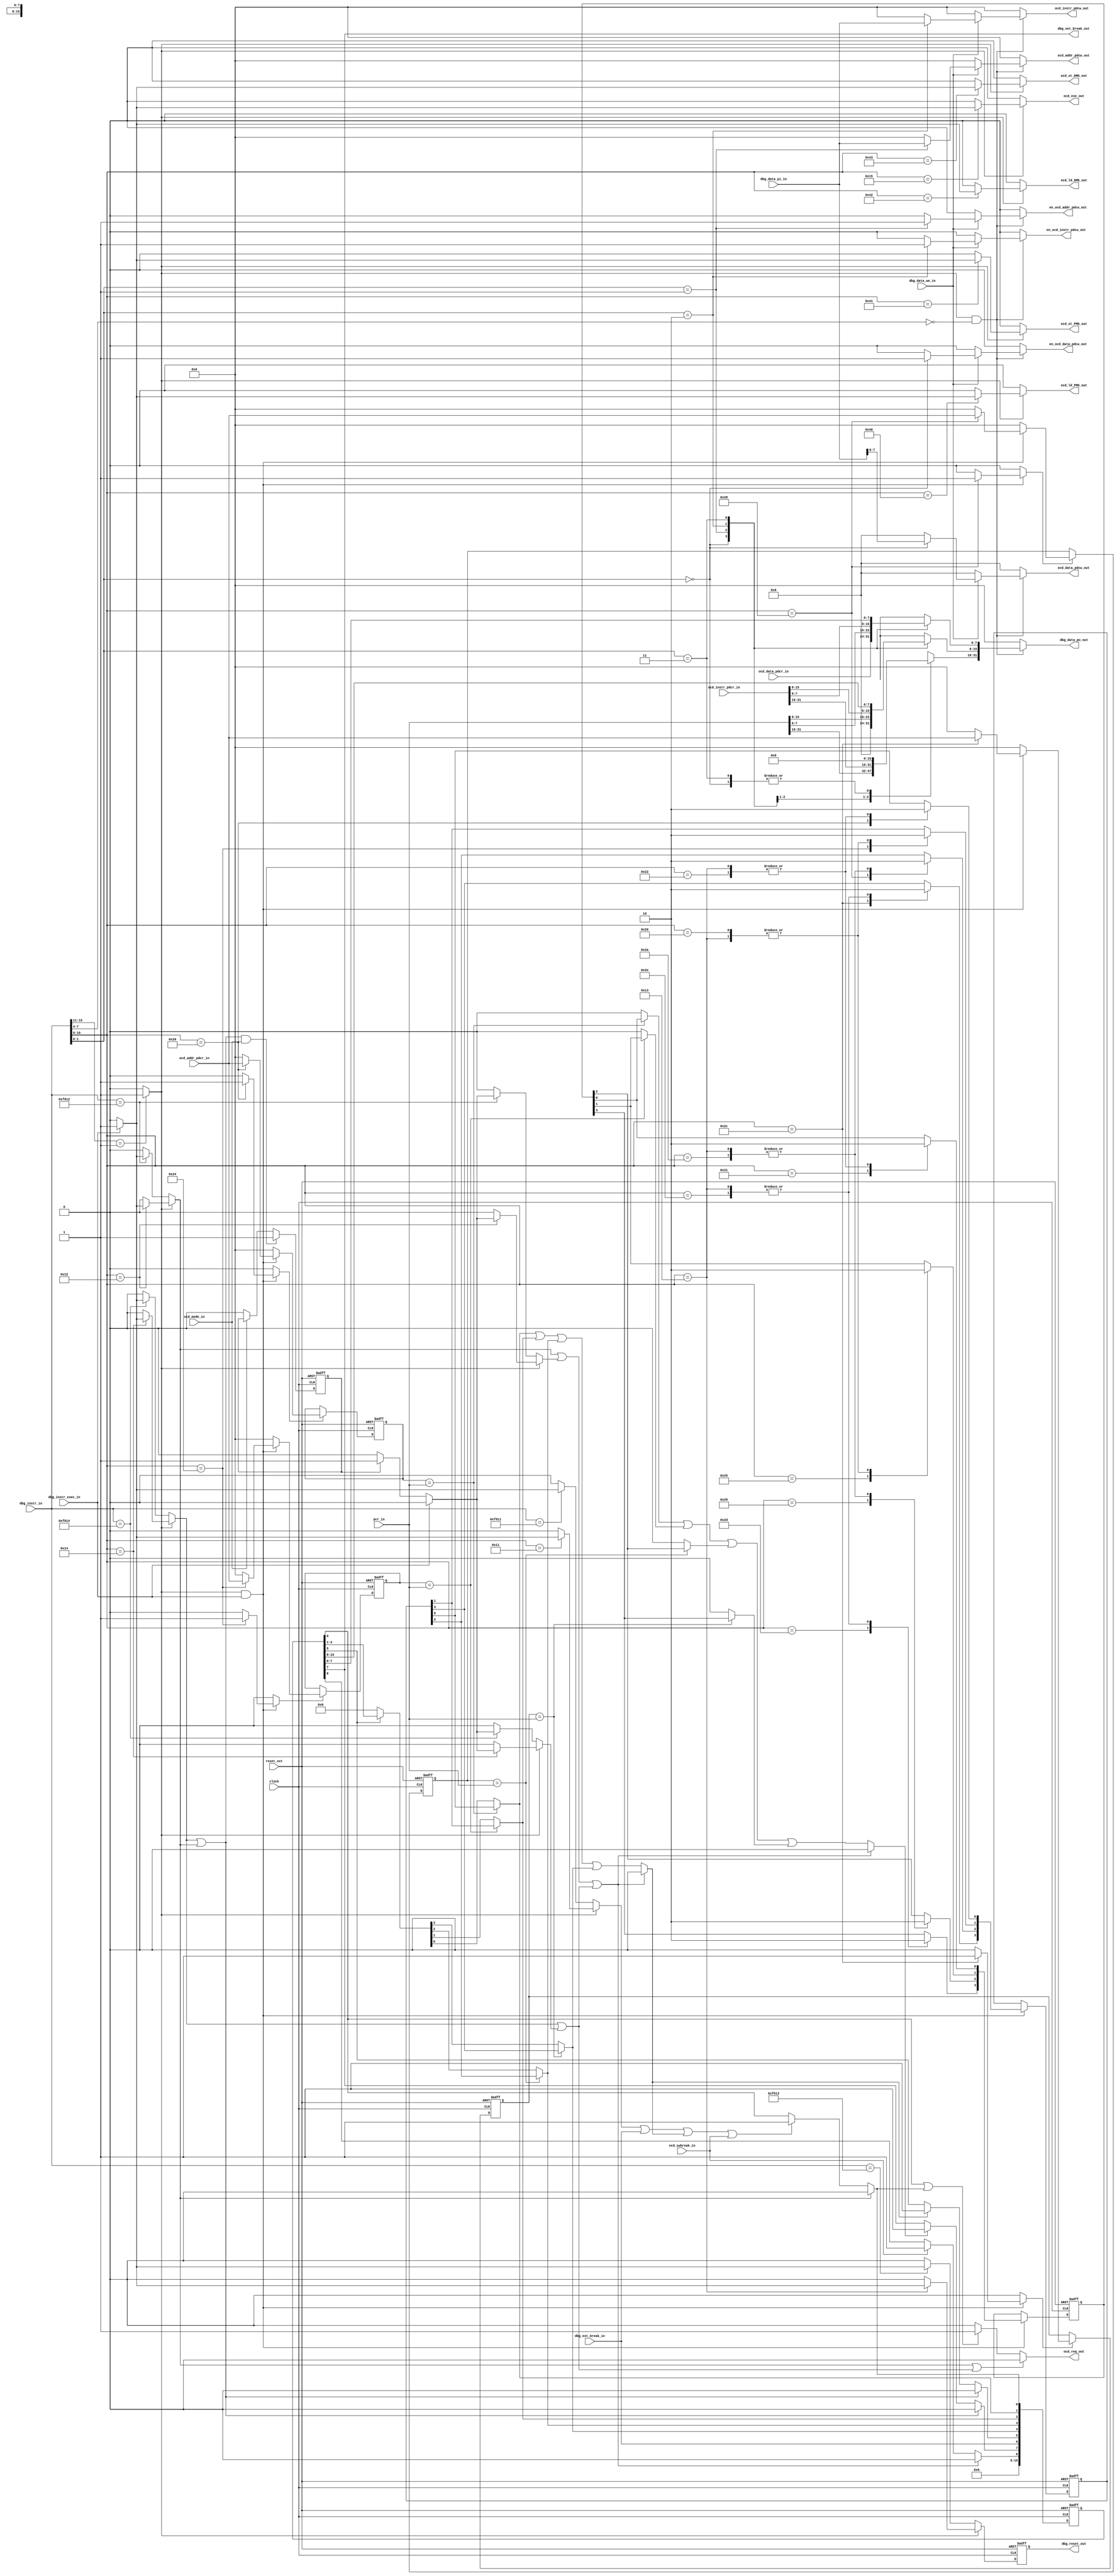

// File generated by Go version U-2022.12#33f3808fcb#221128, Thu Jan 25 16:08:15 2024
// Copyright 2014-2022 Synopsys, Inc. All rights reserved.
// go -I../lib -F -DSYNTHESIS_NO_UNGROUP -D__tct_patch__=0 -Verilog -otrv32p3_cnn_vlog -cgo_options.cfg -Itrv32p3_cnn_vlog/tmp_pdg -updg -updg_controller trv32p3_cnn



`timescale 1ns/1ps

// module debug_controller : debug_controller
module debug_controller
  #(parameter nid = 1)
  ( input                   reset_ext,
    input                   clock,
    input            [31:0] dbg_data_pi_in,
    input                   dbg_data_we_in,
    input                   dbg_ext_break_in,
    input                   dbg_instr_exec_in,
    input            [15:0] dbg_instr_in,
    input            [31:0] ocd_addr_pdcr_in, // addr
    input      signed [7:0] ocd_data_pdcr_in, // w08
    input            [31:0] ocd_instr_pdcr_in, // iword
    input                   ocd_mode_in, // t1u
    input                   ocd_swbreak_in, // t1u
    input            [31:0] pcr_in, // addr
    output reg       [31:0] dbg_data_po_out,
    output                  dbg_reset_out,
    output                  dbg_set_break_out,
    output reg              en_ocd_addr_pdcw_out, // std_logic
    output reg              en_ocd_data_pdcw_out, // std_logic
    output reg              en_ocd_instr_pdcw_out, // std_logic
    output reg       [31:0] ocd_addr_pdcw_out, // addr
    output reg signed [7:0] ocd_data_pdcw_out, // w08
    output                  ocd_exe_out, // t1u
    output reg       [31:0] ocd_instr_pdcw_out, // iword
    output reg              ocd_ld_DMb_out, // bool
    output reg              ocd_ld_PMb_out, // bool
    output                  ocd_req_out, // t1u
    output reg              ocd_st_DMb_out, // bool
    output reg              ocd_st_PMb_out // bool
  );



  // configuration parameters:
  localparam DBG_LDST_WATCHPOINTS             = 0;
  localparam DBG_RANGE_WATCHPOINTS            = 0;
  localparam DBG_MERGE_WATCHPOINTS_PER_MEMORY = 0;
  localparam DBG_REMEMBER_MEMORY_ACCESS       = 0;

  // register widths
  localparam DBG_DATA_REG_WIDTH               = 8;
  localparam DBG_ADDR_REG_WIDTH               = 32;
  localparam DBG_INSTR_REG_WIDTH              = 32;
  localparam DBG_STATUS_REG_WIDTH             = 16;
  localparam DBG_CONTEXT_REG_WIDTH            = 0;

  // status register bit indices
  localparam DBG_MODE_INDX                    = 0;
  localparam DBG_BP_HIT_INDX                  = 5;
  localparam DBG_BREAKIN_INDX                 = 6;
  localparam DBG_BREAKOUT_INDX                = 7;
  localparam DBG_SWBREAK_INDX                 = 8;

  // register indices
  localparam DBG_DATA_REG_INDX                = 2'b00;
  localparam DBG_ADDR_REG_INDX                = 2'b01;
  localparam DBG_INSTR_REG_INDX               = 2'b10;
  localparam DBG_STATUS_REG_INDX              = 2'b11;

  // register opcodes                         : 11'b0000000rrrr
  localparam DBG_DATA_REG_INSTR               = 11'b00000000000;
  localparam DBG_ADDR_REG_INSTR               = 11'b00000000001;
  localparam DBG_INSTR_REG_INSTR              = 11'b00000000010;
  localparam DBG_STATUS_REG_INSTR             = 11'b00000000011;
  localparam DBG_CONTEXT_REG_INSTR            = 11'b00000000100;

  // instruction opcodes                      : 11'b0000001iiii
  localparam DBG_REQUEST_INSTR                = 11'b00000010001;
  localparam DBG_RESUME_INSTR                 = 11'b00000010010;
  localparam DBG_RESET_INSTR                  = 11'b00000010011;
  localparam DBG_STEP_INSTR                   = 11'b00000010100;
  localparam DBG_EXECUTE_INSTR                = 11'b00000010101;
  localparam DBG_STEPDI_INSTR                 = 11'b00000010100;

  // breakpoint instruction opcodes           : 11'b000001bbbii
  localparam DBG_BP0_ENABLE_INSTR             = 11'b00000100000;
  localparam DBG_BP0_EXPORT_INSTR             = 11'b00000100001;
  localparam DBG_BP0_DISABLE_INSTR            = 11'b00000100010;
  localparam DBG_BP1_ENABLE_INSTR             = 11'b00000100100;
  localparam DBG_BP1_EXPORT_INSTR             = 11'b00000100101;
  localparam DBG_BP1_DISABLE_INSTR            = 11'b00000100110;
  localparam DBG_BP2_ENABLE_INSTR             = 11'b00000101000;
  localparam DBG_BP2_EXPORT_INSTR             = 11'b00000101001;
  localparam DBG_BP2_DISABLE_INSTR            = 11'b00000101010;
  localparam DBG_BP3_ENABLE_INSTR             = 11'b00000101100;
  localparam DBG_BP3_EXPORT_INSTR             = 11'b00000101101;
  localparam DBG_BP3_DISABLE_INSTR            = 11'b00000101110;

  // load/store instruction opcodes           : 11'b000010iiiii
  localparam DBG_PMb_LOAD_INSTR               = 11'b00001000000;
  localparam DBG_PMb_STORE_INSTR              = 11'b00001000001;
  localparam DBG_DMb_LOAD_INSTR               = 11'b00001000010;
  localparam DBG_DMb_STORE_INSTR              = 11'b00001000011;

  // common instructions "11111"...
  localparam DBG_SYNC_REQUEST_INSTR           = 16'b1111100000010001;
  localparam DBG_SYNC_RESUME_INSTR            = 16'b1111100000010010;
  localparam DBG_SYNC_RESET_INSTR             = 16'b1111100000010011;
  localparam DBG_SYNC_STEP_INSTR              = 16'b1111100000010100;
  localparam DBG_SYNC_STEPDI_INSTR            = 16'b1111100000010100;

  reg    [3:0] bp_enable;
  reg    [3:0] bp_export;
  reg    [3:0] bp_hits;
  reg    [3:0] breakout;
  wire   [4:0] core_id;
  wire   core_resume;
  wire   core_selected;
  wire   core_step;
  reg    [31:0] dbg_bp0;
  reg    dbg_bp0_we;
  reg    [31:0] dbg_bp1;
  reg    dbg_bp1_we;
  reg    [31:0] dbg_bp2;
  reg    dbg_bp2_we;
  reg    [31:0] dbg_bp3;
  reg    dbg_bp3_we;
  wire   [4:0] dbg_instr_id;
  wire   [10:0] dbg_instr_opc;
  reg    exec_instr;
  wire   new_bp_hit;
  wire   new_breakout;
  wire   reg_bp_hit;
  wire   reg_breakout;
  wire   reg_dbg_mode;
  wire   reg_swbreak;
  reg    request_instr;
  reg    reset_instr;
  reg    resume0_instr;
  reg    resume1_instr;
  wire   set_bp_hit;
  wire   set_breakout;
  wire   set_dbg_mode;
  wire   set_swbreak;
  reg    step0_instr;
  reg    step1_instr;
  reg    [3:0] bp_enable_REG;
  reg    [3:0] bp_export_REG;
  reg    [31:0] dbg_bp0_REG;
  reg    [31:0] dbg_bp1_REG;
  reg    [31:0] dbg_bp2_REG;
  reg    [31:0] dbg_bp3_REG;
  reg    dbg_instr_exec_REG;
  reg    [15:0] dbg_status_REG;
  reg    reset_instr_REG;


  // assign to outputs
  assign ocd_req_out = (resume0_instr || core_step) ? 1'b0
    : (reg_dbg_mode || set_dbg_mode) ? 1'b1
    : 1'b0;
  assign dbg_reset_out = reset_instr_REG;
  assign ocd_exe_out = exec_instr;
  assign dbg_set_break_out = dbg_status_REG[DBG_BREAKOUT_INDX];

  // core selection, local opcode selection
  assign dbg_instr_id = dbg_instr_in[15:11];
  assign dbg_instr_opc = dbg_instr_in[10:0];
  assign core_id = nid;
  assign core_selected = (dbg_instr_id == core_id) ? 1'b1 : 1'b0;

  always @ (posedge clock or posedge reset_ext)
  begin: delay_proc
    if (reset_ext)
    begin
      dbg_instr_exec_REG <= 1'b0;
      reset_instr_REG <= 1'b0;
    end
    else
    begin
      reset_instr_REG <= reset_instr;
      if ((step0_instr || resume0_instr) && ocd_mode_in)
        dbg_instr_exec_REG <= 1'b1;
      else if (!ocd_mode_in)
        dbg_instr_exec_REG <= 1'b0;
    end
  end

  // select debug register (demux/mux)
  always @ (*)
  begin: dbg_register_mux
    dbg_data_po_out = 0;
    en_ocd_data_pdcw_out = 1'b0;
    ocd_data_pdcw_out = 0;
    en_ocd_addr_pdcw_out = 1'b0;
    ocd_addr_pdcw_out = 0;
    en_ocd_instr_pdcw_out = 1'b0;
    ocd_instr_pdcw_out = 0;
    if (core_selected && (dbg_instr_opc[7:4] == 4'b0000))
    begin
      if (dbg_data_we_in)
      begin
        case (dbg_instr_opc[1:0])
          DBG_DATA_REG_INDX :
          begin
            en_ocd_data_pdcw_out = 1'b1;
            ocd_data_pdcw_out = $signed(dbg_data_pi_in[7:0]);
          end
          DBG_ADDR_REG_INDX :
          begin
            en_ocd_addr_pdcw_out = 1'b1;
            ocd_addr_pdcw_out = dbg_data_pi_in;
          end
          DBG_INSTR_REG_INDX :
          begin
            en_ocd_instr_pdcw_out = 1'b1;
            ocd_instr_pdcw_out = dbg_data_pi_in;
          end
          default :
            ; // null
        endcase
      end
      case (dbg_instr_opc[1:0])
        DBG_DATA_REG_INDX :
          dbg_data_po_out[7:0] = $unsigned(ocd_data_pdcr_in);
        DBG_ADDR_REG_INDX :
          dbg_data_po_out = pcr_in;
        DBG_INSTR_REG_INDX :
          dbg_data_po_out = ocd_instr_pdcr_in;
        DBG_STATUS_REG_INDX :
          dbg_data_po_out[15:0] = dbg_status_REG;
        default :
          ; // null
      endcase
    end
  end

  // decode debug instructions
  always @ (*)
  begin: dbg_instr_decode
    request_instr = 1'b0;
    resume0_instr = 1'b0;
    resume1_instr = 1'b0;
    reset_instr = 1'b0;
    step0_instr = 1'b0;
    step1_instr = 1'b0;
    exec_instr = 1'b0;
    ocd_ld_PMb_out = 1'b0;
    ocd_st_PMb_out = 1'b0;
    ocd_ld_DMb_out = 1'b0;
    ocd_st_DMb_out = 1'b0;

    if (core_selected) // local

      case (dbg_instr_opc)
        DBG_REQUEST_INSTR :
          if (dbg_instr_exec_in)
            request_instr = 1'b1;
        DBG_RESUME_INSTR :
          if (dbg_instr_exec_in)
            resume0_instr = 1'b1;
          else if (dbg_instr_exec_REG)
            resume1_instr = 1'b1;
        DBG_RESET_INSTR :
          if (dbg_instr_exec_in)
            reset_instr = 1'b1;
        DBG_STEP_INSTR :
          if (dbg_instr_exec_in)
            step0_instr = 1'b1;
          else if (dbg_instr_exec_REG)
            step1_instr = 1'b1;
        DBG_EXECUTE_INSTR :
          if (dbg_instr_exec_in)
            exec_instr = 1'b1;
        DBG_PMb_LOAD_INSTR :
          if (dbg_instr_exec_in)
            ocd_ld_PMb_out = 1'b1;
        DBG_PMb_STORE_INSTR :
          if (dbg_instr_exec_in)
            ocd_st_PMb_out = 1'b1;
        DBG_DMb_LOAD_INSTR :
          if (dbg_instr_exec_in)
            ocd_ld_DMb_out = 1'b1;
        DBG_DMb_STORE_INSTR :
          if (dbg_instr_exec_in)
            ocd_st_DMb_out = 1'b1;
        default :
          ; // null
      endcase

    else // global instructions

      case (dbg_instr_in)
        DBG_SYNC_REQUEST_INSTR :
          if (dbg_instr_exec_in)
            request_instr = 1'b1;
        DBG_SYNC_RESUME_INSTR :
          if (dbg_instr_exec_in)
            resume0_instr = 1'b1;
          else if (dbg_instr_exec_REG)
            resume1_instr = 1'b1;
        DBG_SYNC_RESET_INSTR :
          if (dbg_instr_exec_in)
            reset_instr = 1'b1;
        DBG_SYNC_STEP_INSTR :
          if (dbg_instr_exec_in)
            step0_instr = 1'b1;
          else if (dbg_instr_exec_REG)
            step1_instr = 1'b1;
        default :
          ; // null
      endcase

  end

  // single instruction step: release core from dbg mode till first instr. issue
  assign core_step = step0_instr || step1_instr;

  // force release from breakpoint
  assign core_resume = resume0_instr || resume1_instr;

  // decode breakpoint instructions
  always @ (*)
  begin: breakpoint_decode
    bp_enable = bp_enable_REG;
    bp_export = bp_export_REG;
    dbg_bp0_we = 1'b0;
    dbg_bp0 = 0;
    dbg_bp1_we = 1'b0;
    dbg_bp1 = 0;
    dbg_bp2_we = 1'b0;
    dbg_bp2 = 0;
    dbg_bp3_we = 1'b0;
    dbg_bp3 = 0;
    if (core_selected && dbg_instr_exec_in)
      case (dbg_instr_opc)
        DBG_RESET_INSTR :
        begin
          bp_enable = 0;
          bp_export = 0;
        end

        DBG_BP0_ENABLE_INSTR :
        begin
          dbg_bp0_we = 1'b1;
          bp_enable[0] = 1'b1;
          dbg_bp0 = ocd_addr_pdcr_in;
        end
        DBG_BP0_EXPORT_INSTR :
          bp_export[0] = 1'b1;
        DBG_BP0_DISABLE_INSTR :
        begin
          bp_enable[0] = 1'b0;
          bp_export[0] = 1'b0;
        end

        DBG_BP1_ENABLE_INSTR :
        begin
          dbg_bp1_we = 1'b1;
          bp_enable[1] = 1'b1;
          dbg_bp1 = ocd_addr_pdcr_in;
        end
        DBG_BP1_EXPORT_INSTR :
          bp_export[1] = 1'b1;
        DBG_BP1_DISABLE_INSTR :
        begin
          bp_enable[1] = 1'b0;
          bp_export[1] = 1'b0;
        end

        DBG_BP2_ENABLE_INSTR :
        begin
          dbg_bp2_we = 1'b1;
          bp_enable[2] = 1'b1;
          dbg_bp2 = ocd_addr_pdcr_in;
        end
        DBG_BP2_EXPORT_INSTR :
          bp_export[2] = 1'b1;
        DBG_BP2_DISABLE_INSTR :
        begin
          bp_enable[2] = 1'b0;
          bp_export[2] = 1'b0;
        end

        DBG_BP3_ENABLE_INSTR :
        begin
          dbg_bp3_we = 1'b1;
          bp_enable[3] = 1'b1;
          dbg_bp3 = ocd_addr_pdcr_in;
        end
        DBG_BP3_EXPORT_INSTR :
          bp_export[3] = 1'b1;
        DBG_BP3_DISABLE_INSTR :
        begin
          bp_enable[3] = 1'b0;
          bp_export[3] = 1'b0;
        end

        default :
          ; // null
      endcase

  end

  // update breakpoint control registers
  always @ (posedge clock or posedge reset_ext)
  begin: update_breakpoint_regs
    if (reset_ext)
    begin
      bp_enable_REG <= 0;
      bp_export_REG <= 0;
      dbg_bp0_REG <= 0;
      dbg_bp1_REG <= 0;
      dbg_bp2_REG <= 0;
      dbg_bp3_REG <= 0;
    end
    else
    begin
      bp_enable_REG <= bp_enable;
      bp_export_REG <= bp_export;
      if (dbg_bp0_we)
      begin
        dbg_bp0_REG <= dbg_bp0;
      end
      if (dbg_bp1_we)
      begin
        dbg_bp1_REG <= dbg_bp1;
      end
      if (dbg_bp2_we)
      begin
        dbg_bp2_REG <= dbg_bp2;
      end
      if (dbg_bp3_we)
      begin
        dbg_bp3_REG <= dbg_bp3;
      end
    end
  end

  // check breakpoint hit
  always @ (*)
  begin: check_breakpoint_hit

    if (reg_bp_hit)
      bp_hits = dbg_status_REG[4:1];
    else
      bp_hits = 0;
    breakout = 0;
    if (dbg_bp0_REG == pcr_in)
    begin
      bp_hits[0] = bp_enable_REG[0];
      breakout[0] = bp_export_REG[0];
    end
    if (dbg_bp1_REG == pcr_in)
    begin
      bp_hits[1] = bp_enable_REG[1];
      breakout[1] = bp_export_REG[1];
    end
    if (dbg_bp2_REG == pcr_in)
    begin
      bp_hits[2] = bp_enable_REG[2];
      breakout[2] = bp_export_REG[2];
    end
    if (dbg_bp3_REG == pcr_in)
    begin
      bp_hits[3] = bp_enable_REG[3];
      breakout[3] = bp_export_REG[3];
    end
  end

  assign new_bp_hit = (core_resume || core_step) ? 1'b0
    : bp_hits[0] || bp_hits[1] || bp_hits[2] || bp_hits[3];

  assign set_bp_hit = (resume0_instr || step0_instr) ? 1'b0
    : (new_bp_hit) ? 1'b1
    : reg_bp_hit;

  assign new_breakout = (core_resume || core_step) ? 1'b0
    : breakout[0] || breakout[1] || breakout[2] || breakout[3];

  assign set_breakout = (resume0_instr || step0_instr) ? 1'b0
    : (new_breakout) ? 1'b1
    : reg_breakout;

  assign set_dbg_mode = (resume0_instr) ? 1'b0
    : (request_instr || dbg_ext_break_in || new_bp_hit || ocd_swbreak_in) ? 1'b1
    : reg_dbg_mode;

  assign set_swbreak = (core_resume || core_step) ? 1'b0
    : (ocd_swbreak_in) ? 1'b1
    : reg_swbreak;

  // implementation of status register
  always @ (posedge clock or posedge reset_ext)
  begin: status_register
    if (reset_ext)
      dbg_status_REG <= 0;
    else
    begin
      dbg_status_REG <= {7'b0000000, set_swbreak,
        set_breakout, dbg_ext_break_in,
        set_bp_hit, bp_hits, set_dbg_mode};
    end
  end

  assign reg_dbg_mode = dbg_status_REG[DBG_MODE_INDX];
  assign reg_bp_hit = dbg_status_REG[DBG_BP_HIT_INDX];
  assign reg_breakout = dbg_status_REG[DBG_BREAKOUT_INDX];
  assign reg_swbreak = dbg_status_REG[DBG_SWBREAK_INDX];

endmodule